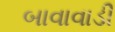
બાવાવાડી